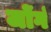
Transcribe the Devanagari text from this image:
जोंगं